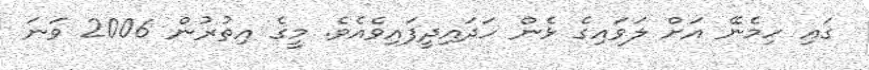
ގައި ހިމެނޭ އަށް ލަވައިގެ ޅެން ހަދައިދީފައިވެއެވެ. މީގެ އިތުރުން 2006 ވަނަ